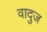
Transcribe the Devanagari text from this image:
वादुज